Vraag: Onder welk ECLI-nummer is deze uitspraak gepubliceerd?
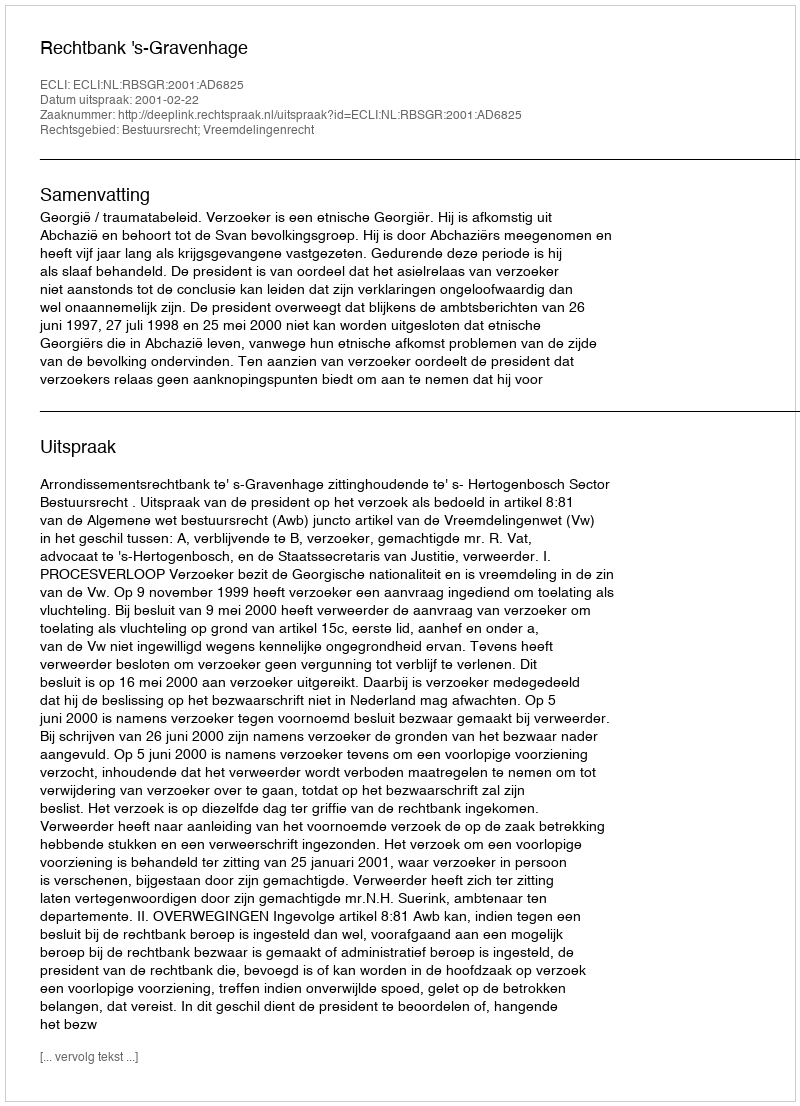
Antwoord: ECLI:NL:RBSGR:2001:AD6825